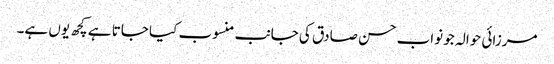
مرزائی حوالہ جو نواب حسن صادق کی جانب منسوب کیا جاتا ہے کچھ یوں ہے۔